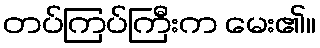
တပ်ကြပ်ကြီးက မေး၏။